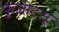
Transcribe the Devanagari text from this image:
फूजीटसू